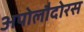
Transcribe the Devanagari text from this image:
अपोलौदोरस